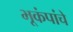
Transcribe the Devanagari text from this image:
भूकंपांचे